Indian journal of veterinary science and animal husbandry - Volumes 22-23, 1952-1953
Year: 1952
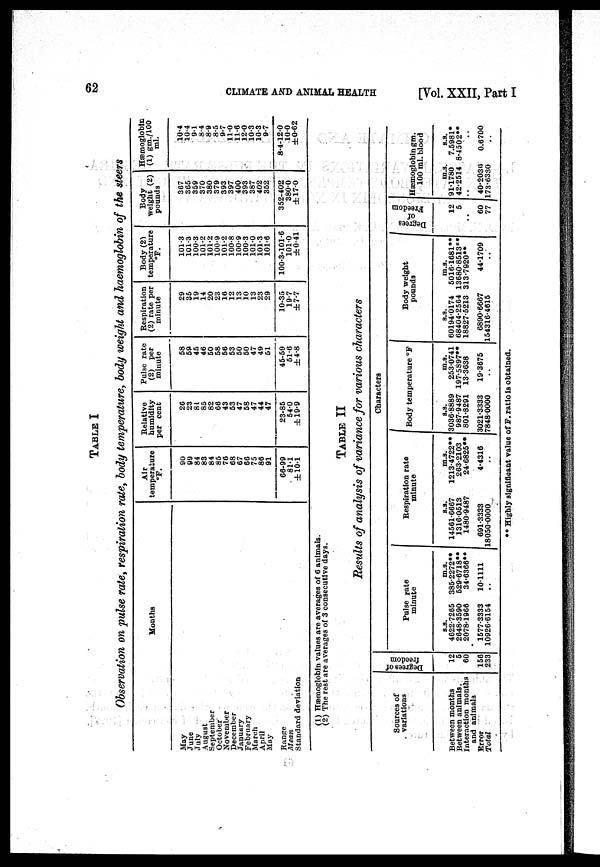
62
CLIMATE AND ANIMAL HEALTH
[Vol. XXII, Part I
TABLE I
Observation on pulse rate, respiration rate, body temperature, body weight and haemoglobin of the steers
Months
May
June
July
August
September
October
November
December
January
February
March
April
May
Range
Mean
Standard deviation
Air
temperature
°F.
90
99
84
83
84
85
76
68
67
66
75
86
91
66.99
81.1
±10.1
Relative
humidity
per cent
26
23
81
85
82
66
43
53
47
58
47
44
47
23.85
54.0
±19.9
Pulse rate
(2) per
minute
58
59
45
46
50
58
56
53
50
50
47
49
51
45.59
51.6
±4.8
Respiration
(2) rate per
minute
29
35
19
14
20
23
16
12
13
10
13
23
29
10.35
19.7
±7.7
Body (2)
temperature
°F.
101.3
101.3
100.3
101.2
101.2
100.9
101.2
100.8
100.9
100.3
101.0
101.3
101.6
100.3.101.6
101.0
±0.41
Body
weight (2)
pounds
367
365
359
370
380
379
393
397
400
393
387
402
352
352.402
380.0
±17.0
Hæmoglobin
(1) gm./100
ml.
10.4
10.4
91
8.4
8.9
8.5
9.7
11.0
11.6
12.0
10.3
10.3
9.7
8.4.12.0
10.0
±0.62
(1) Hæmoglobin values are averages of 6 animals.
(2) The rest are averages of 3 consecutive days.
TABLE II
Results of analysis of variance for various characters
Sources of
variations
Between months
Between animals.
Interaction months
and animals
Error
Total
Degrees of
freedom
12
5
60
156
233
Characters
Pulse rate
minute
s.s.
4622.7265
2648.3590
2078.1966
1577.3333
10926.6154
m.s.
385.2272**
529.6718**
34.6366**
10.1111
..
Respiration rate
minute
8.3.
14561.6667
1316.0513
1480.9487
691.3333
18050.0000
m.s.
1213.4722**
263.2103
24.6825**
4.4316
..
Body temperature °F
s.s.
3036.8889
987.9487
801.8291
3021.3333
7848.0000
m.s.
253.0741
197.5897**
13.3638
19.3675
..
Body weight
pounds
s.s.
60194.0174
68404.2564
18827.5213
6890.6667
154316.4615
m.s.
5016.1681**
13680.8513**
313.7920**
44.1709
Degrees
of
Freedom
12
5
..
60
77
Hæmoglobin gm.
100 ml. blood
m.s.
91.1780
42.2514
..
40.2030
173.6330
s.s.
7.5981*
8.4502**
..
0.6700
** Highly significant value of F. ratio is obtained.